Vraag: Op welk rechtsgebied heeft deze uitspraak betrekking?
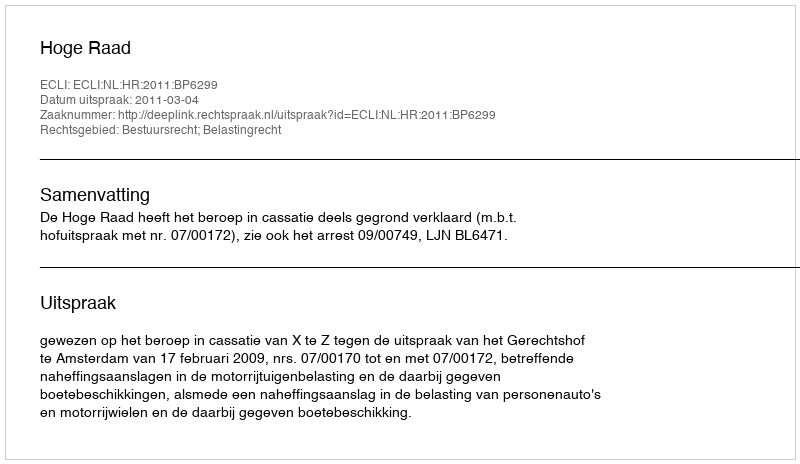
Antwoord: Bestuursrecht; Belastingrecht